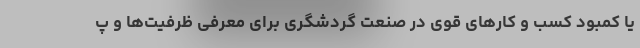
یا کمبود کسب و کارهای قوی در صنعت گردشگری برای معرفی ظرفیت­ها و پ